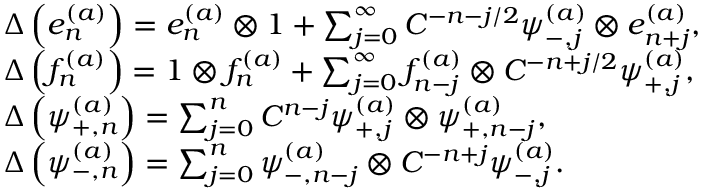
\begin{array} { r l } & { \Delta \left( e _ { n } ^ { ( a ) } \right) = e _ { n } ^ { ( a ) } \otimes 1 + \sum _ { j = 0 } ^ { \infty } C ^ { - n - j / 2 } \psi _ { - , j } ^ { ( a ) } \otimes e _ { n + j } ^ { ( a ) } , } \\ & { \Delta \left( f _ { n } ^ { ( a ) } \right) = 1 \otimes f _ { n } ^ { ( a ) } + \sum _ { j = 0 } ^ { \infty } f _ { n - j } ^ { ( a ) } \otimes C ^ { - n + j / 2 } \psi _ { + , j } ^ { ( a ) } , } \\ & { \Delta \left( \psi _ { + , n } ^ { ( a ) } \right) = \sum _ { j = 0 } ^ { n } C ^ { n - j } \psi _ { + , j } ^ { ( a ) } \otimes \psi _ { + , n - j } ^ { ( a ) } , } \\ & { \Delta \left( \psi _ { - , n } ^ { ( a ) } \right) = \sum _ { j = 0 } ^ { n } \psi _ { - , n - j } ^ { ( a ) } \otimes C ^ { - n + j } \psi _ { - , j } ^ { ( a ) } . } \end{array}